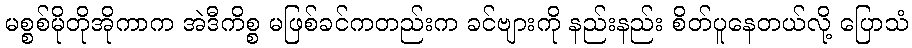
မစ္စစ်မိုတိုအိုကာက အဲဒီကိစ္စ မဖြစ်ခင်ကတည်းက ခင်ဗျားကို နည်းနည်း စိတ်ပူနေတယ်လို့ ပြောသံ